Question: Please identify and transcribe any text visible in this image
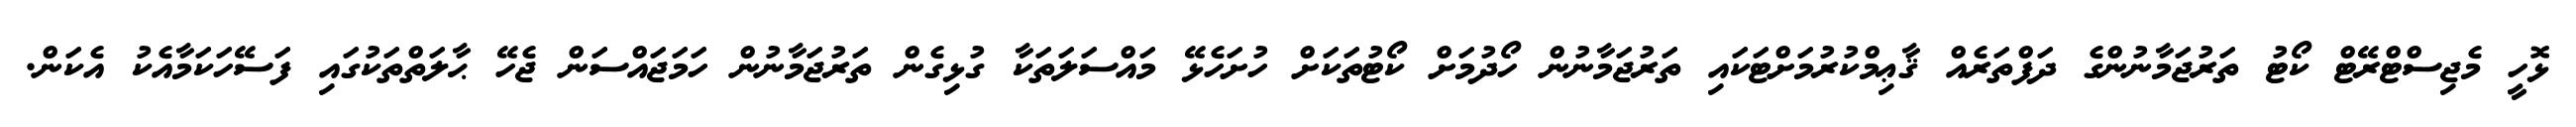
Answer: ޅޮހީ މެޖިސްޓްރޭޓް ކޯޓު ތަރުޖަމާނުންގެ ދަފްތަރެއް ޤާޢިމްކުރުމަށްޓަކައި ތަރުޖަމާނުން ހޯދުމަށް ކޯޓުތަކަށް ހުށަހެޅޭ މައްސަލަތަކާ ގުޅިގެން ތަރުޖަމާނުން ހަމަޖައްސަން ޖެހޭ ޙާލަތްތަކުގައި ފަސޭހަކަމާއެކު އެކަން.